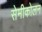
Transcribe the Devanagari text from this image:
सेमीकोलन